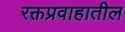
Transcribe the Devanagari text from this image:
रक्तप्रवाहातील